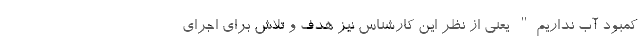
کمبود آب نداریم" یعنی از نظر این کارشناس نیز هدف و تلاش برای اجرای